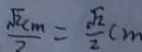
\frac { \sqrt { 2 } c m } { 2 } = \frac { \sqrt { 2 } } { 2 } c m